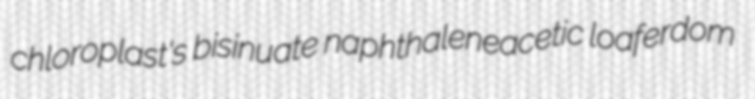
chloroplast's bisinuate naphthaleneacetic loaferdom